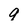
Character: 9